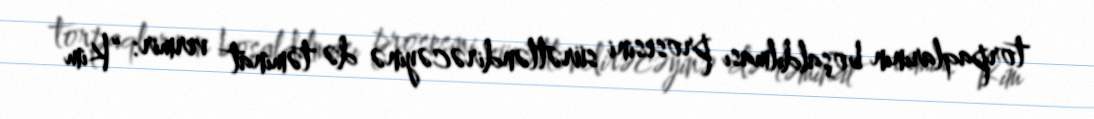
torpaqlarının boşaldılması prosesini sürətləndirəcəyinə də təminat vermir: “Kim